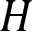
H